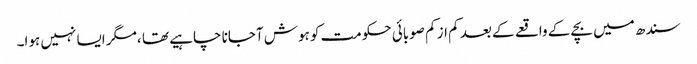
سندھ میں بچے کے واقعے کے بعد کم از کم صوبائی حکومت کو ہوش آجانا چاہیے تھا ،مگر ایسا نہیں ہوا۔